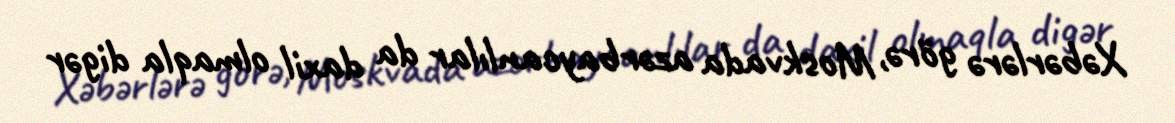
Xəbərlərə görə, Moskvada azərbaycanlılar da daxil olmaqla digər